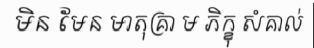
មិន មែន មាតុគ្រា ម ភិក្ខុ សំគាល់